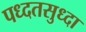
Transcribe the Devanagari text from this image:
पध्दतसुध्दा